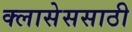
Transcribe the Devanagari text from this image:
क्लासेससाठी